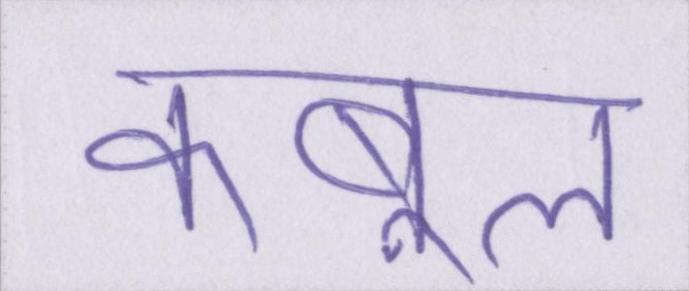
कबूल